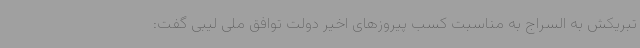
تبریکش به السراج به مناسبت کسب پیروزهای اخیر دولت توافق ملی لیبی گفت: